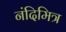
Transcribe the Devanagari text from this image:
नंदिमित्र